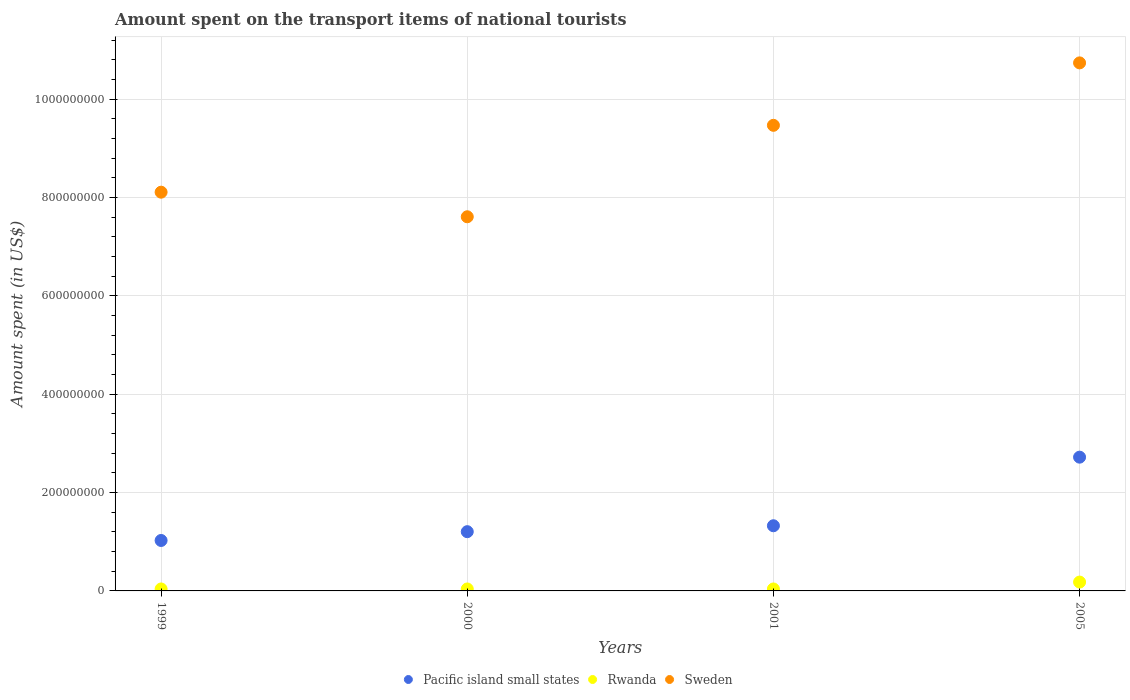
| Years | Pacific island small states | Rwanda | Sweden |
 | --- | --- | --- | --- |
 | 1999 | 1.03e+08 | 4e+06 | 8.11e+08 |
 | 2000 | 1.21e+08 | 4e+06 | 7.61e+08 |
 | 2001 | 1.33e+08 | 4e+06 | 9.47e+08 |
 | 2005 | 2.72e+08 | 1.8e+07 | 1.07e+09 |